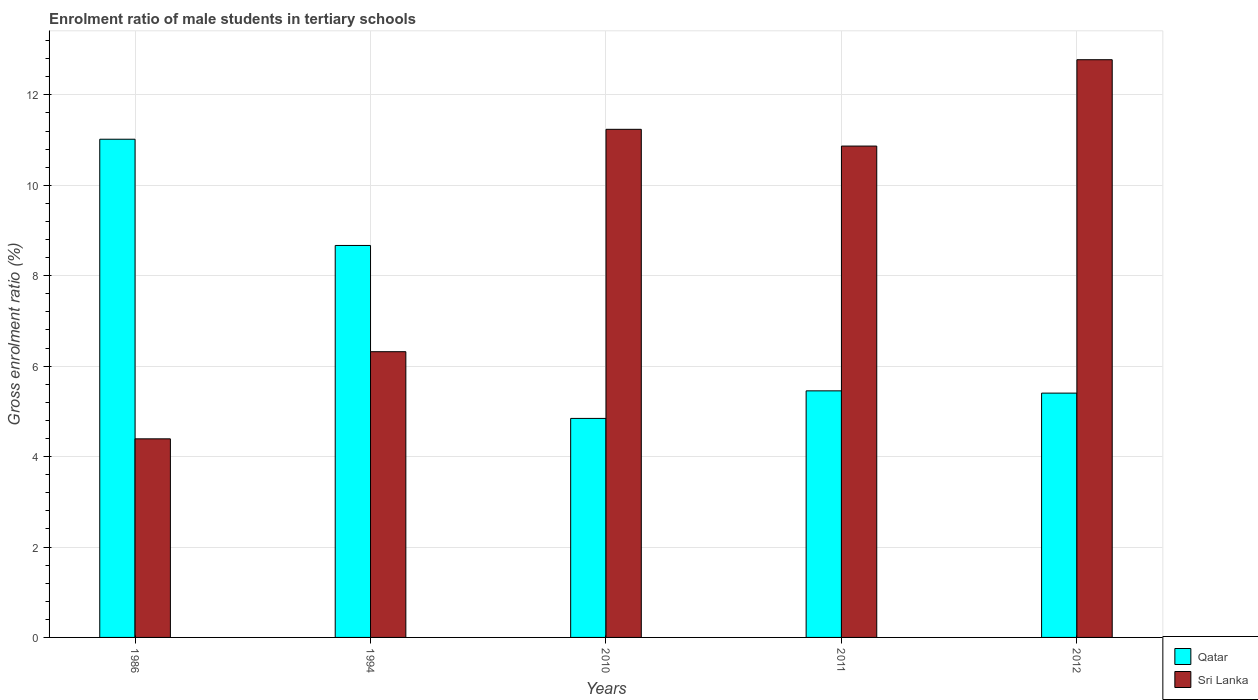
| Years | Qatar | Sri Lanka |
 | --- | --- | --- |
 | 1986 | 11 | 4.39 |
 | 1994 | 8.67 | 6.32 |
 | 2010 | 4.84 | 11.2 |
 | 2011 | 5.45 | 10.9 |
 | 2012 | 5.4 | 12.8 |